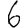
Digit: 6